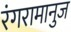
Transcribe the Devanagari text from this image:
रंगरामानुज